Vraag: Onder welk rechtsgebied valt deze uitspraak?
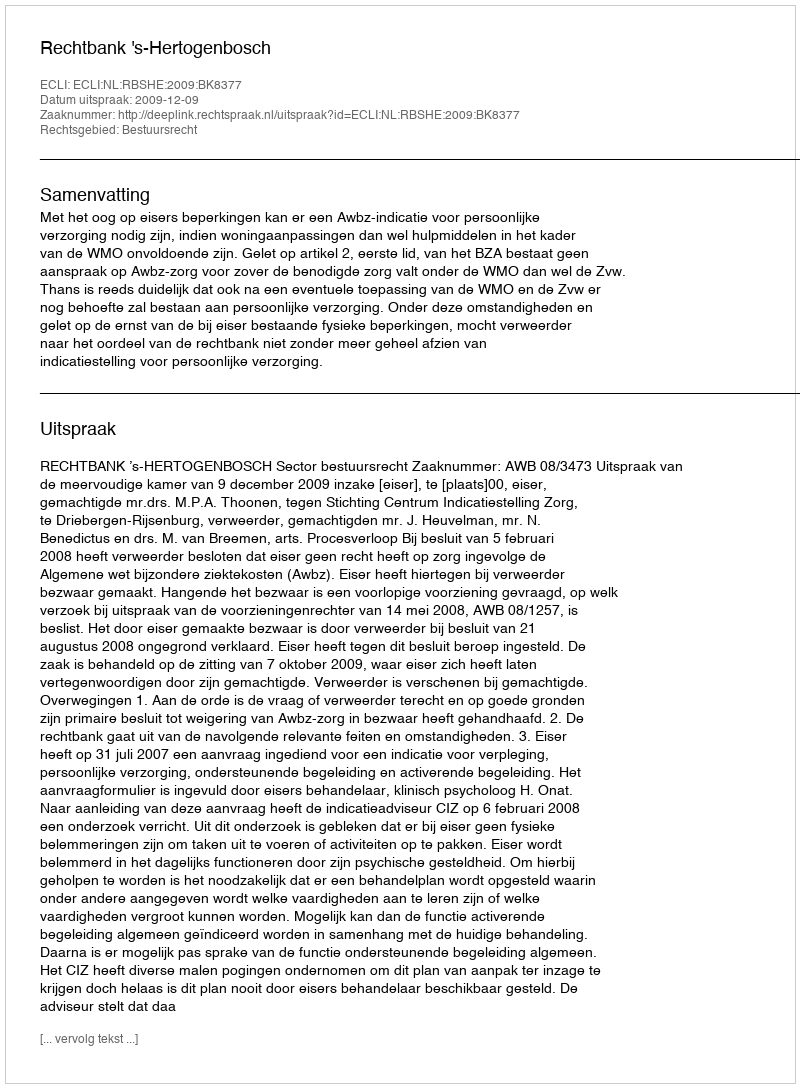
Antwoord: Bestuursrecht